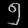
Digit: ၅